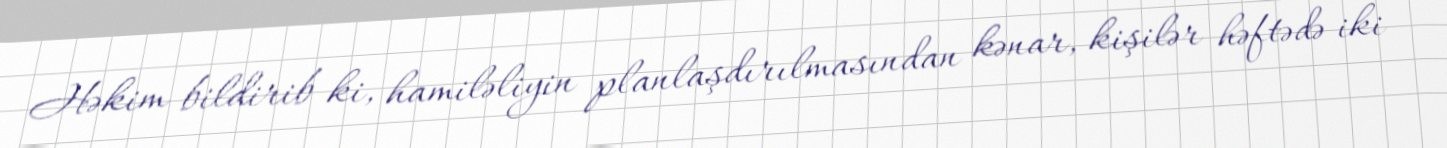
Həkim bildirib ki, hamiləliyin planlaşdırılmasından kənar, kişilər həftədə iki